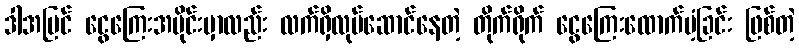
ဒါအပြင် ငွေကြေးအပိုင်းမှာလည်း လက်ရှိလုပ်ဆောင်နေတဲ့ တိုက်ရိုက် ငွေကြေးထောက်ပံ့ခြင်း ဖြစ်တဲ့